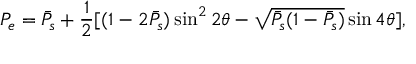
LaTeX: P _ { e } = \bar { P } _ { s } + { \frac { 1 } { 2 } } [ ( 1 - 2 \bar { P } _ { s } ) \sin ^ { 2 } 2 \theta - \sqrt { \bar { P } _ { s } ( 1 - \bar { P } _ { s } ) } \sin 4 \theta ] ,